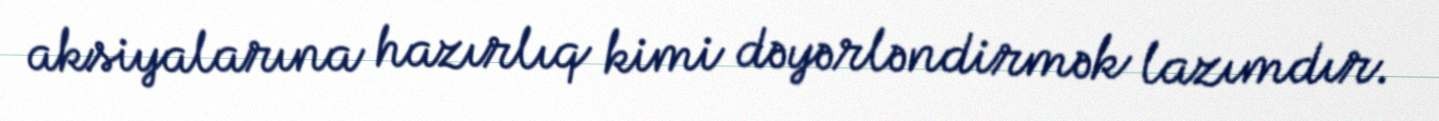
aksiyalarına hazırlıq kimi dəyərləndirmək lazımdır.